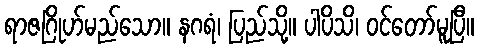
ရာဇဂြိုဟ်မည်သော။ နဂရံ၊ ပြည်သို့။ ပါပိသိ၊ ဝင်တော်မူပြီ။